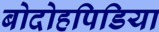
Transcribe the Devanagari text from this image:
बोदोहपिडिया